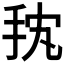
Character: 𱟴